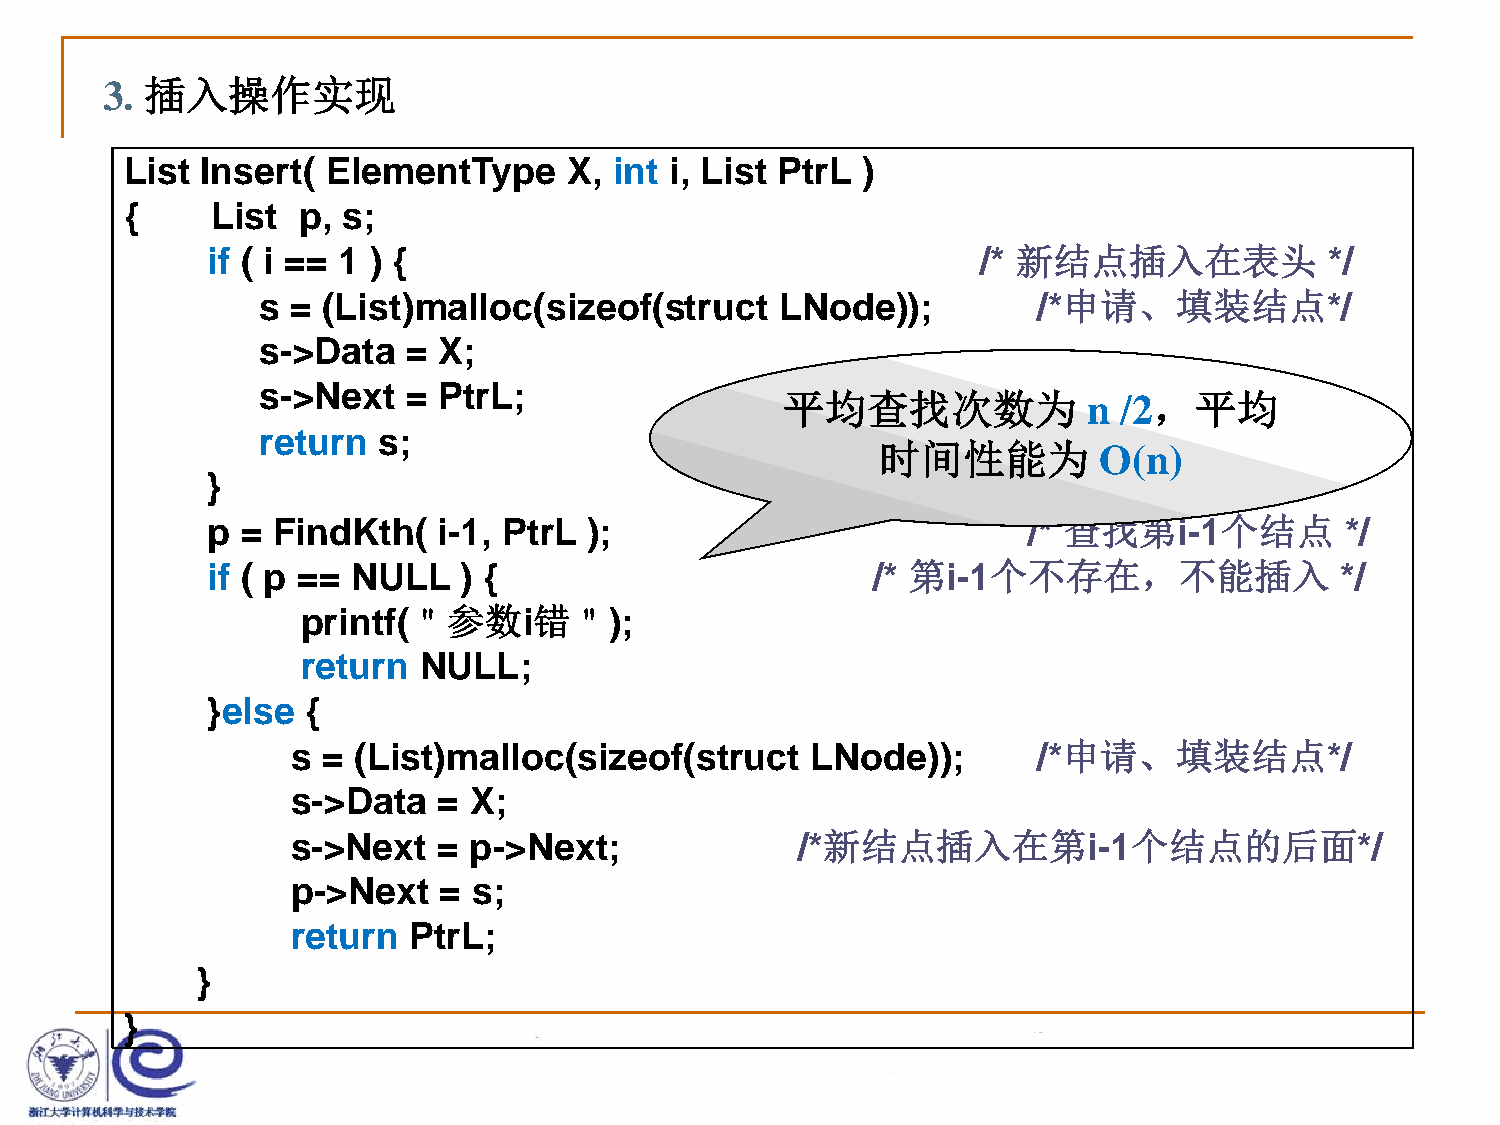
3. 插入操作实现
 List Insert(  ElementType     X, int i, List PtrL )
 {     List  p, s;
 if ( i == 1 ) {                                    /* 新结点插入在表头            */
 s = (List)malloc(sizeof(struct     LNode));         /*申请、填装结点*/
 s->Data   = X;
 s->Next   = PtrL;
 平均查找次数为             n /2，平均
 return  s;                                          /*返回新表头指针*/
 时间性能为          O(n)
 }
 p = FindKth(   i-1, PtrL );                           /* 查找第i-1个结点         */
 if ( p == NULL  ) {                         /* 第i-1个不存在，不能插入               */
 printf(＂参数i错＂);
 return  NULL;
 }else {
 s = (List)malloc(sizeof(struct     LNode));       /*申请、填装结点*/
 s->Data   = X;
 s->Next   = p->Next;              /*新结点插入在第i-1个结点的后面*/
 p->Next   = s;
 return  PtrL;
 }
 }